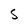
Character: S